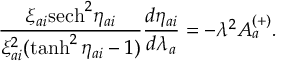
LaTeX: \frac { \xi _ { a i } \mathrm { s e c h } ^ { 2 } \eta _ { a i } } { \xi _ { a i } ^ { 2 } ( \operatorname { t a n h } ^ { 2 } \eta _ { a i } - 1 ) } \frac { d \eta _ { a i } } { d \lambda _ { a } } = - \lambda ^ { 2 } A _ { a } ^ { ( + ) } .